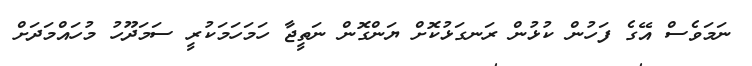
ނަމަވެސް އޭގެ ފަހުން ކުޅުން ރަނގަޅުކޮށް ޔަންގޮން ނަތީޖާ ހަމަހަމަކުރީ ސަމަދޫހު މުހައްމަދަށް